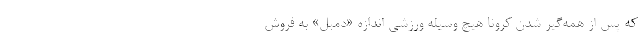
که پس از همه‌گیر شدن کرونا هیچ وسیله ورزشی اندازه «دمبل» به فروش